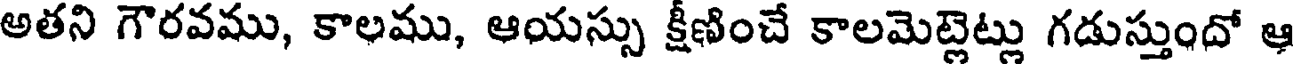
అతని గౌరవము, కాలము, ఆయస్సు క్షీణించే కాలమెట్లెట్లు గడుస్తుందో ఆ